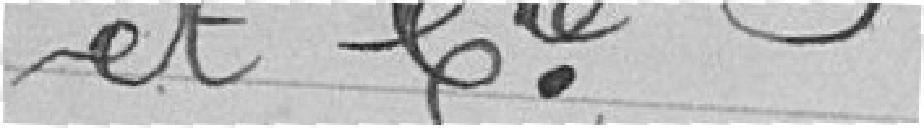
et Compagnie